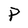
Character: P